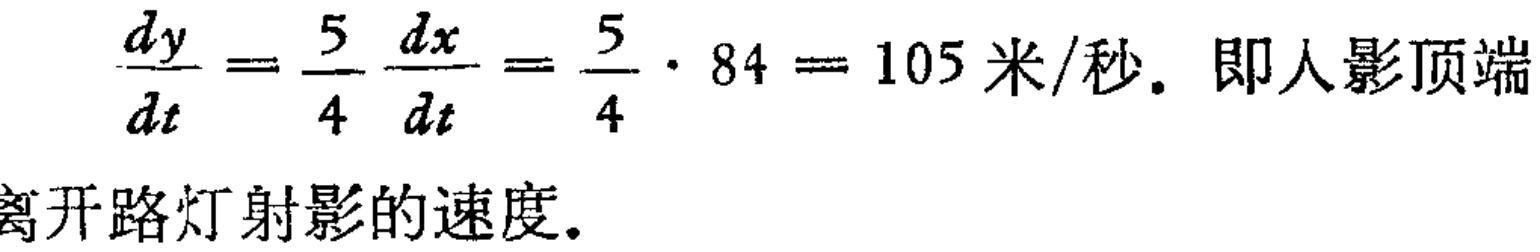
\(\frac{dy}{dt}=\frac{5}{4}\frac{dx}{dt}=\frac{5}{4}\cdot 84 = 105\text{ 米/秒}.\text{ 即人影顶端}\\ \text{离开路灯射影的速度}.\)